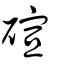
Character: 碹